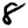
Digit: 8